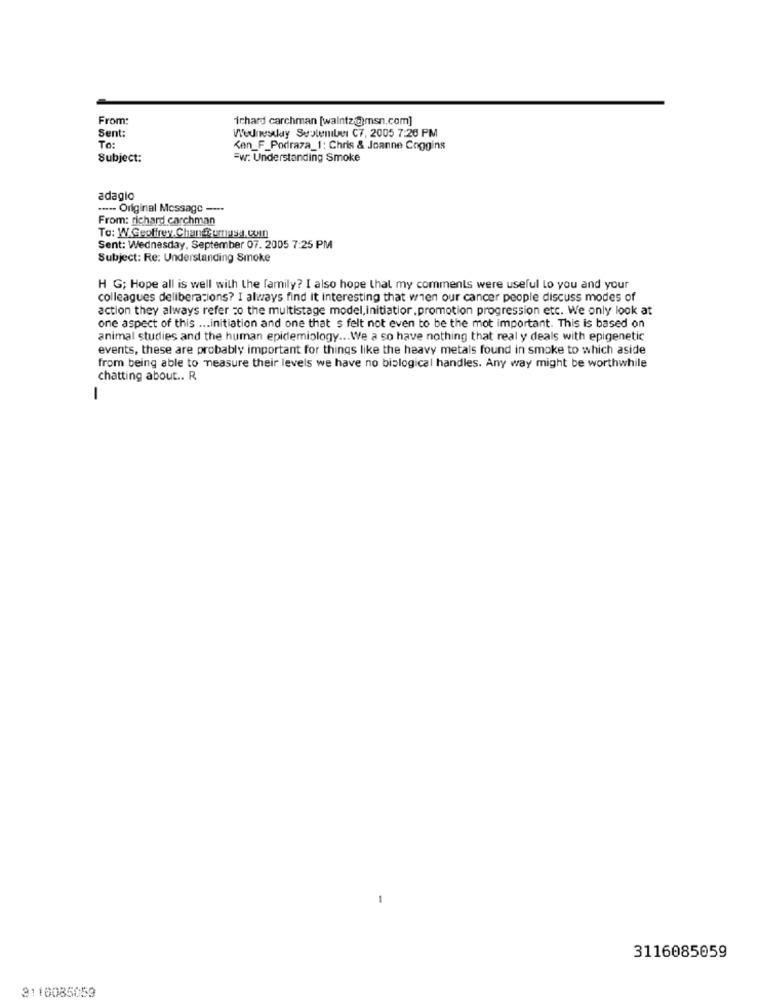
From:
ichard carchman [walntz@msn.com]
Sent:
Wednesday Svolenile C7, 2005 7:26 PM
To:
Ken_F_Podraza_1: Chris & Joanne Coggins
Subject:
=W: Understanding Smoke
adagio
....- Original Message ----
From: richard carchman
Sent: Wednesday, September 07. 2005 7:25 PM
Subject: Re: Understanding Smoke
H G; Hope all is well with the family? I also hope that my comments were useful Lo you and your
colleagues deliberations? I always find it interesting that when our cancer people discuss modes of
action they always refer zo the multistage model, initiatior . promotion progression etc. We only look at
one aspect of this ... initiation and one that s felt not even to be the mot important. This is based on
animal studies and the human epidemiology ... We a so have nothing that real y deals with epigenetic
events, these are probably important for things like the heavy metals found in smoke to which aside
from being able to measure their levels we have no biological handles. Any way might be worthwhile
chatting about .. R.
-
3116085059
3110085059